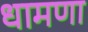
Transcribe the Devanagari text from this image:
धामणा